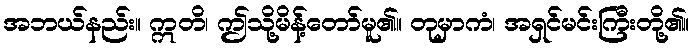
အဘယ်နည်း။ ဣတိ၊ ဤသို့မိန့်တော်မူ၏။ တုမှာကံ၊ အရှင်မင်းကြီးတို့၏။